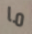
ما